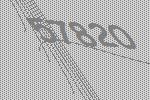
57820